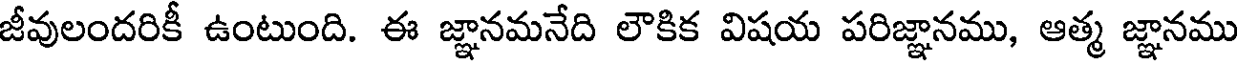
జీవులందరికీ ఉంటుంది. ఈ జ్ఞానమనేది లౌకిక విషయ పరిజ్ఞానము, ఆత్మ జ్ఞానము